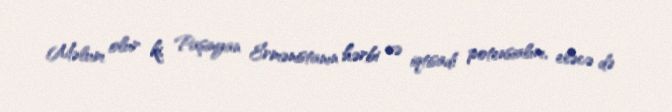
Məlum olur ki, Paşinyan Ermənistanın hərbi və iqtisadi potensialını, eləcə də